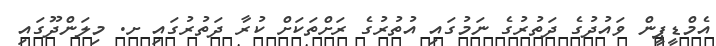
އެމްޑީޕީން ވައުދުގެ ދަތުރުގެ ނަމުގައި އުތުރުގެ ރަށްތަކަށް ކުރާ ދަތުރުގައި ށ. މިލަންދޫގައި